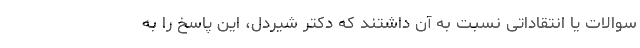
سوالات یا انتقاداتی نسبت به آن داشتند که دکتر شیردل، این پاسخ را به